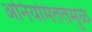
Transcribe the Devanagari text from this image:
अनियमिततेमुळे